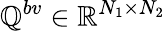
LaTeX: \mathbb Q^{bv}\in\mathbb R^{N_{1}\times N_{2}}